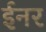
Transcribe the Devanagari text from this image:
ईनर